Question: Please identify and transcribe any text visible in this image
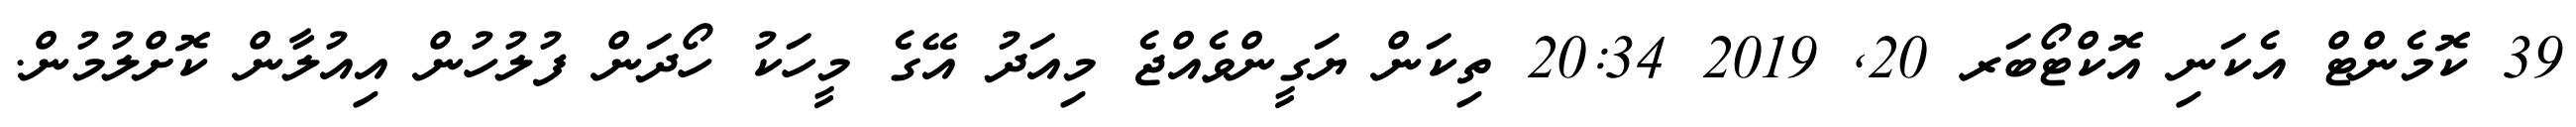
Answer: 39 ކޮމެންޓް އެކަނި އޮކްޓޯބަރ 20, 2019 20:34 ތިކަން ޔަގީންވެއްޖެ މިއަދު އޭގެ މީހަކު ހޯދަން ފުލުހުން އިއުލާން ކޮށްލުމުން.